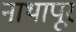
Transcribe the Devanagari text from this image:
नाथापूर